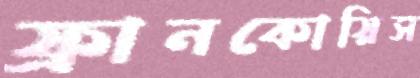
ফ্রানকোয়িস